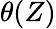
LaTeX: \theta(Z)